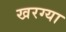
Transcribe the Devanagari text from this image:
खरग्या